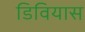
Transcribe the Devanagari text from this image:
डिवियास